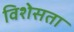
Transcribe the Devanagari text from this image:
विशेसता